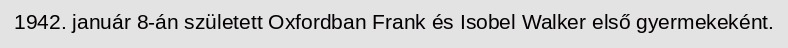
1942. január 8-án született Oxfordban Frank és Isobel Walker első gyermekeként.